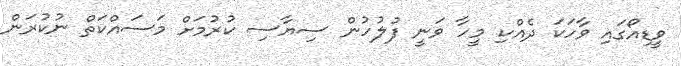
ވީޑިއޯގައި ވާހަކަ ދެއްކި މީހާ ވަނީ ފުލުހުން ސިޔާާސި ކުރުމަށް މަސައްކަތް ނުކުރަން